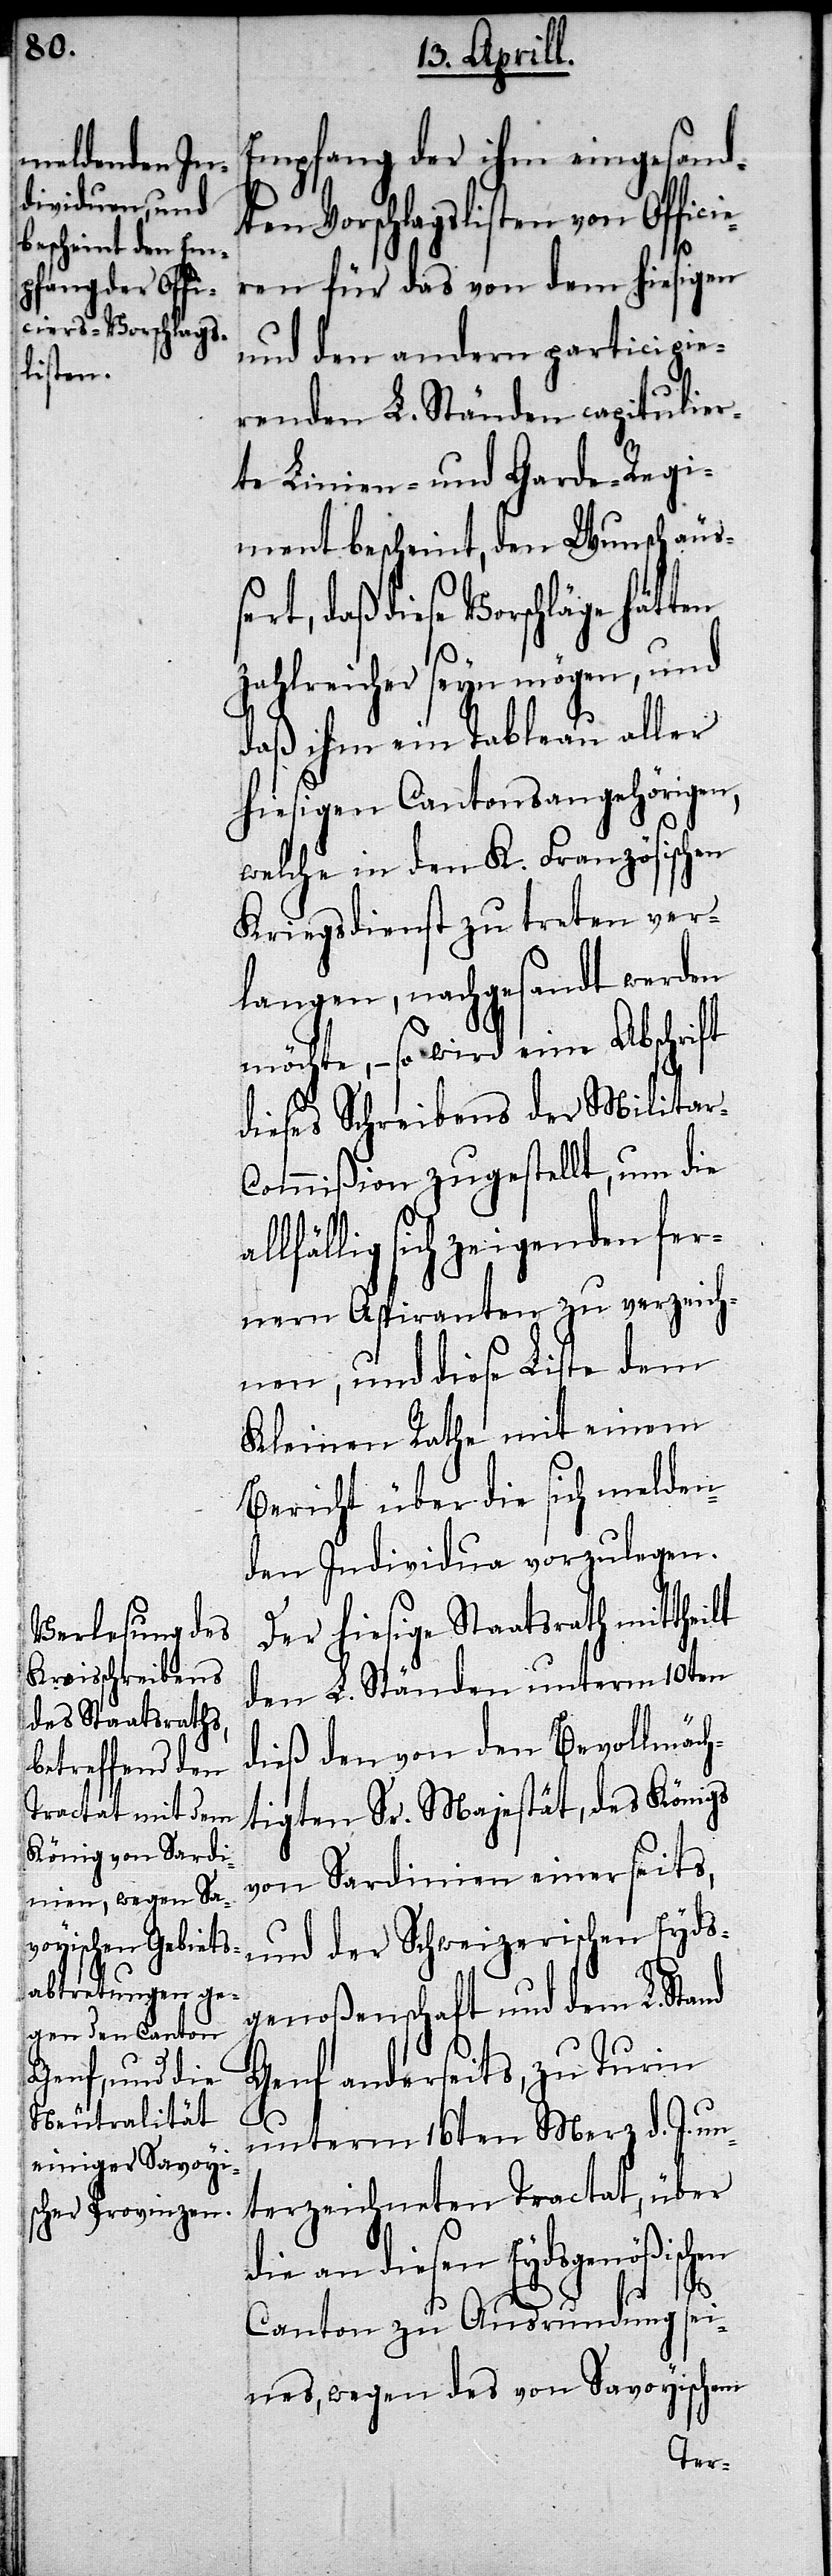
Empfang der ihm eingesandt¬
en Vorschlagslisten von Offic¬
ieren für das von dem hiesigen
und den andern participie¬
renden L. Ständen capitulie¬
rte Linien- und Garde-Regi¬
ment bescheint, den Wunsch äuße¬
daß diese Vorschläge hätten
zahlreicher seyn mögen, und
daß ihm ein Tableau aller
hiesigen Cantonsangehörigen,
welche in den K. Französischen
Kriegsdienst zu treten ver¬
langen, nachgesandt werden
möchte,– so wird eine Abschrift
dieses Schreibens der Militar-C¬
ommißion zugestellt, um die
llfällig sich zeigenden fer¬
nern Aspiranten zu verzeich¬
nen, und diese Liste dem
Kleinen Rathe mit einem
Bericht über die sich melden¬
den Individuen vorzulegen.
Der hiesige Staatsrath mitthei¬
den L. Ständen unterm 10ten
dieß den von den Bevollmäch¬
tigten Sr. Majestät, des Königs
von Sardinien einerseits,
und der Schweizerischen Eyd¬
genoßenschaft und dem L. Stand
Genf anderseits, zu Turin
unterm 16ten Merz d. J. un¬
terzeichneten Tractat, über
die an diesen Eydsgenößischen
rt,
a¬
lt
Canton zu Ausrundung sei¬
nes, wegen des von Savoyischem